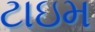
ટાઇમ